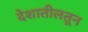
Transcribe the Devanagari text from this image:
देशातीलतून